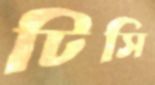
টিসি